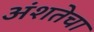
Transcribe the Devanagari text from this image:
अंशतेचा